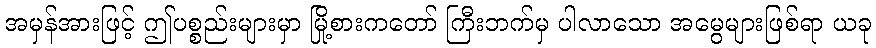
အမှန်အားဖြင့် ဤပစ္စည်းများမှာ မြို့စားကတော် ကြီးဘက်မှ ပါလာသော အမွေများဖြစ်ရာ ယခု